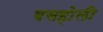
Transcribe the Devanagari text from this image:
बसहोली